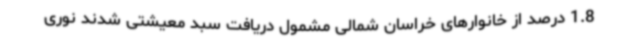
1.8 درصد از خانوارهای خراسان شمالی مشمول دریافت سبد معیشتی شدند نوری